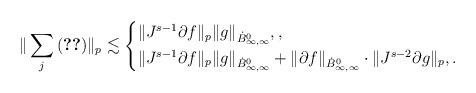
LaTeX: \begin{align*} \| \sum_j \eqref{921_e1a} \|_p \lesssim \begin{cases} \| J^{s-1} \partial f \|_p \| g\|_{\dot B^0_{\infty,\infty}}, , \\ \| J^{s-1} \partial f \|_p \| g \|_{\dot B^0_{\infty,\infty}} + \| \partial f \|_{\dot B^0_{\infty,\infty}} \cdot \| J^{s-2} \partial g \|_p, . \end{cases} \end{align*}